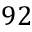
9 2